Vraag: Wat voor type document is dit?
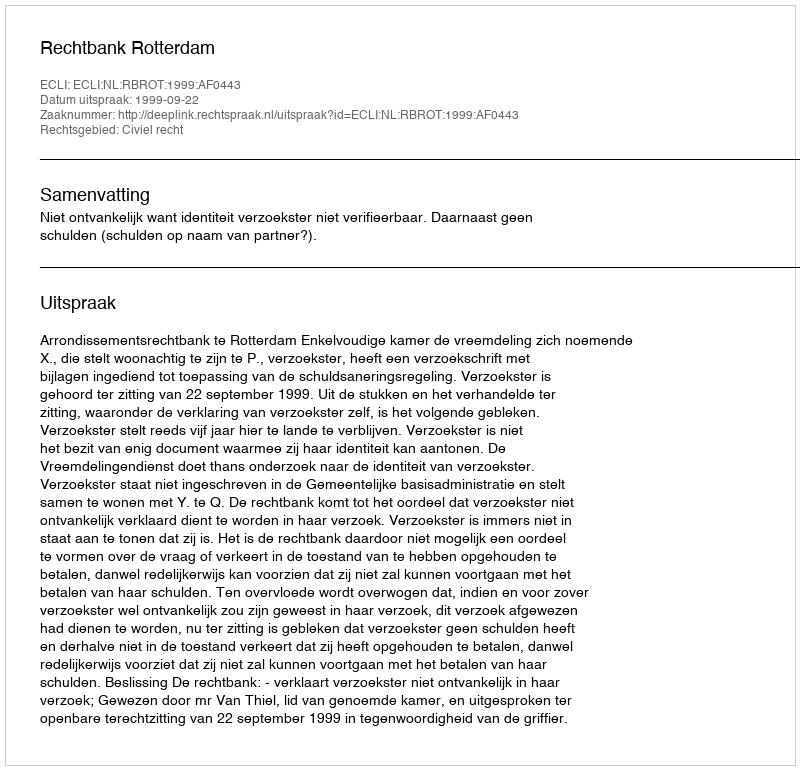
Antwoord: Uitspraak